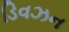
ડિવઝન